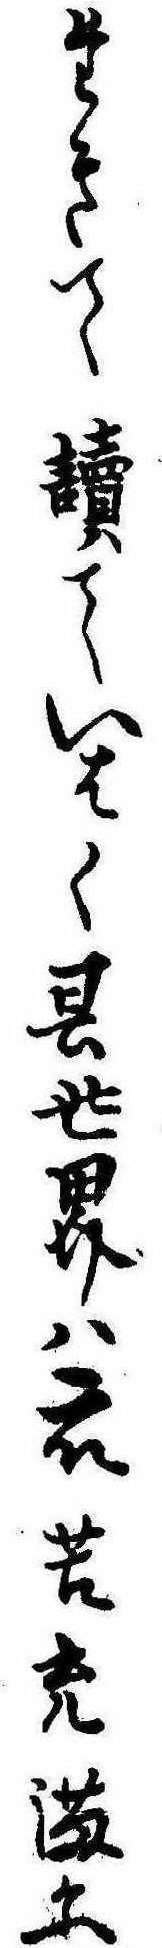
たきて読ていはく其世界は衆苦充満に